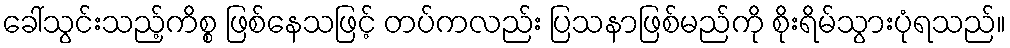
ခေါ်သွင်းသည့်ကိစ္စ ဖြစ်နေသဖြင့် တပ်ကလည်း ပြသနာဖြစ်မည်ကို စိုးရိမ်သွားပုံရသည်။